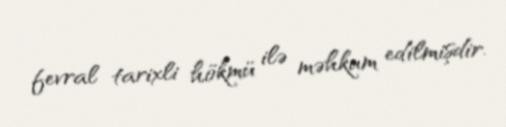
fevral tarixli hökmü ilə məhkum edilmişdir.